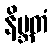
နိဗ္ဘတံ